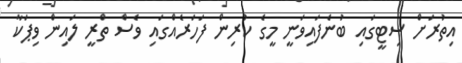
އިތުރަށް ސިޓީގައި ބުނެފައިވަނީ މީގެ ކުރިން ފަހަރެއްގައި ވެސް ތްރީ ލައިން ވިޕަކާ